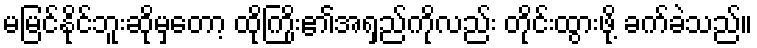
မမြင်နိုင်ဘူးဆိုမှတော့ ထိုကြိုး၏အရှည်ကိုလည်း တိုင်းထွားဖို့ ခက်ခဲသည်။